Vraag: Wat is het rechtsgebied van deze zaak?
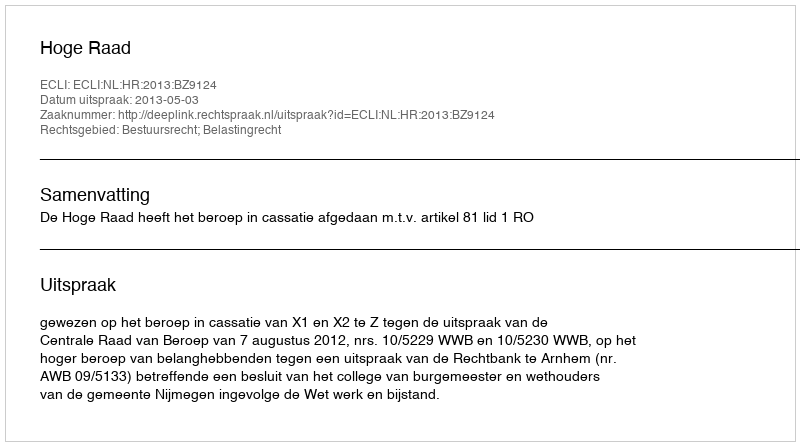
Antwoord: Bestuursrecht; Belastingrecht